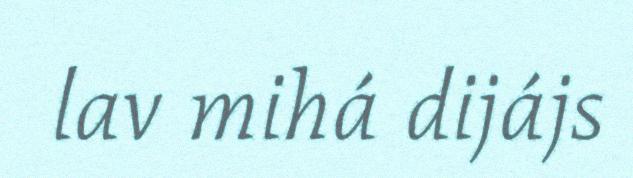
lav mihá dijájs